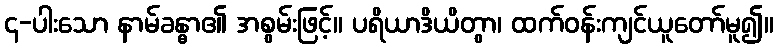
၄-ပါးသော နာမ်ခန္ဓာ၏ အစွမ်းဖြင့်။ ပရိယာဒိယိတွာ၊ ထက်ဝန်းကျင်ယူတော်မူ၍။